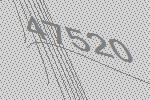
47520